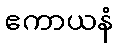
ဧကာယနံ